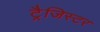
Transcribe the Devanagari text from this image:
ट्रैजिस्टर